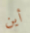
أين